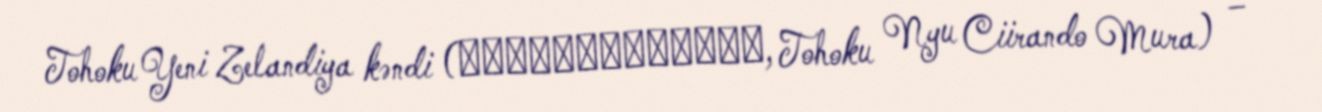
Tohoku Yeni Zelandiya kəndi (とうほくニュージーランド村, Tohoku Nyu Ciirando Mura) –